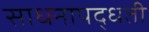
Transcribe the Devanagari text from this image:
साधनापद्धती